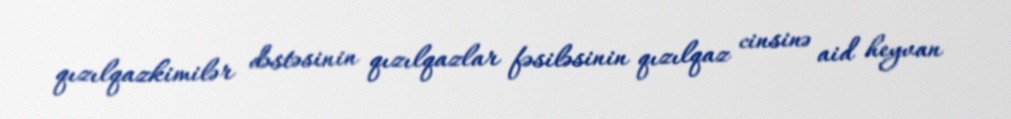
qızılqazkimilər dəstəsinin qızılqazlar fəsiləsinin qızılqaz cinsinə aid heyvan